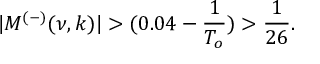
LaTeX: | M ^ { ( - ) } ( \nu , k ) | > ( 0 . 0 4 - \frac { 1 } { T _ { o } } ) > \frac { 1 } { 2 6 } .